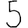
Digit: 5